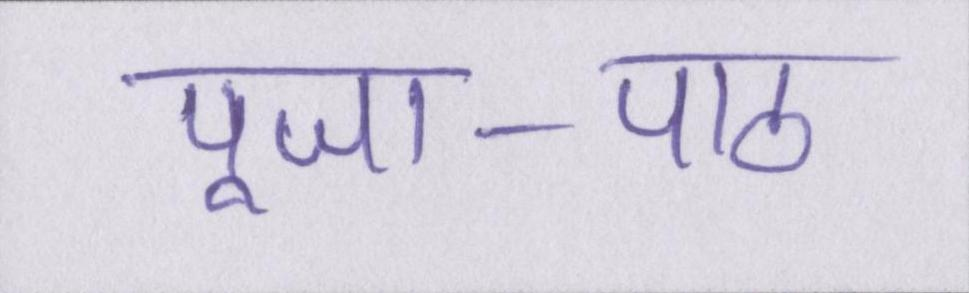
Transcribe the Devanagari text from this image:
पूजा-पाठ